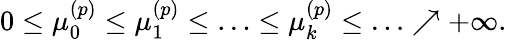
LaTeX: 0\leq\mu_{0}^{(p)}\leq\mu_{1}^{(p)}\leq\ldots\leq\mu_{k}^{(p)}\leq\ldots\nearrow+\infty.